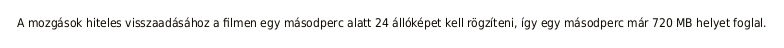
A mozgások hiteles visszaadásához a filmen egy másodperc alatt 24 állóképet kell rögzíteni, így egy másodperc már 720 MB helyet foglal.